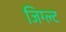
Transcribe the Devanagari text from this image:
जिग्ल्ट